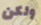
ولكن